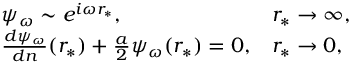
\begin{array} { l l } { \psi _ { \omega } \sim e ^ { i \omega r _ { \ast } } , } & { r _ { \ast } \to \infty , } \\ { \frac { d \psi _ { \omega } } { d n } ( r _ { \ast } ) + \frac { a } { 2 } \psi _ { \omega } ( r _ { \ast } ) = 0 , } & { r _ { \ast } \to 0 , } \end{array}